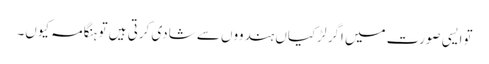
توایسی صورت میں اگر لڑکیاں ہندووں سے شادی کرتی ہیں تو ہنگامہ کیوں۔